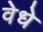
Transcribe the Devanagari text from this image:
वेधे